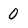
Character: 0